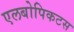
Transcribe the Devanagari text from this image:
एलबोपिकटस